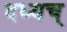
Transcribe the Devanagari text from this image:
दध्यच्